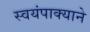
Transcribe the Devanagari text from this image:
स्वयंपाक्याने